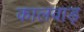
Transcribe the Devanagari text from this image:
कालवाड़